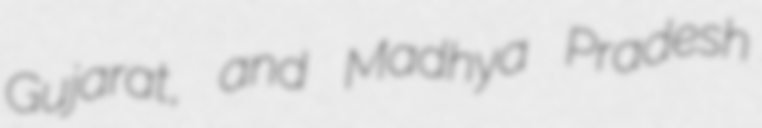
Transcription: Gujarat, and Madhya Pradesh